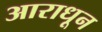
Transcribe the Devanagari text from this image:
आराधून